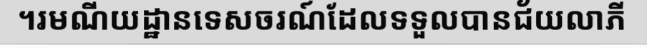
។រមណីយដ្ឋានទេសចរណ៍ដែលទទួលបានជ័យលាភី